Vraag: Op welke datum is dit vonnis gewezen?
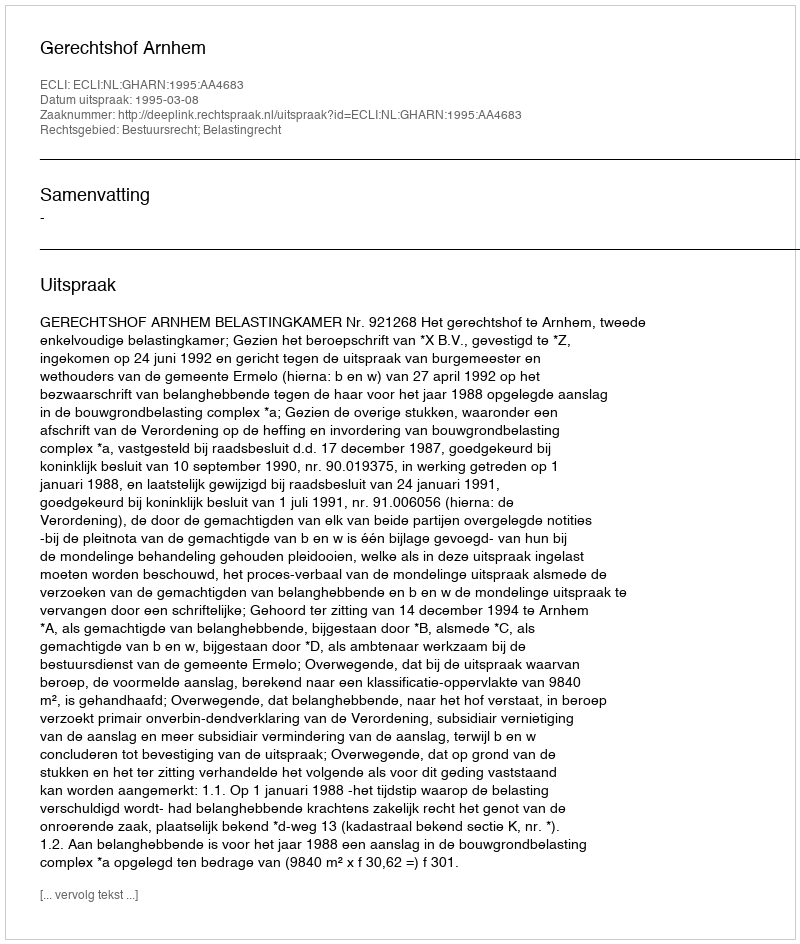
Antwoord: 1995-03-08